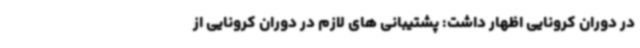
در دوران کرونایی اظهار داشت: پشتیبانی های لازم در دوران کرونایی از